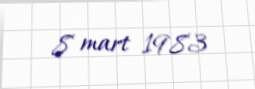
8 mart 1983